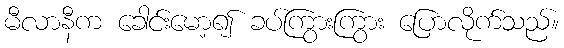
မီလာနီက ခေါင်းမော့၍ ခပ်ကြွားကြွား ပြောလိုက်သည်။